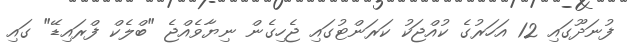
ފުނަދޫގައި 12 އަހަރުގެ ކުއްޖަކު ކަރަންޓުގައި ޖެހިގެން ނިޔާވެއްޖެ "ބްލެކް ފްރައިޑޭ" ގައި